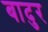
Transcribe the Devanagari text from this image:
बादुर